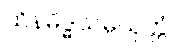
ထိနမိဒ္ဓသမ္ပယုတ္တံ